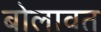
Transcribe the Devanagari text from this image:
बोलावत